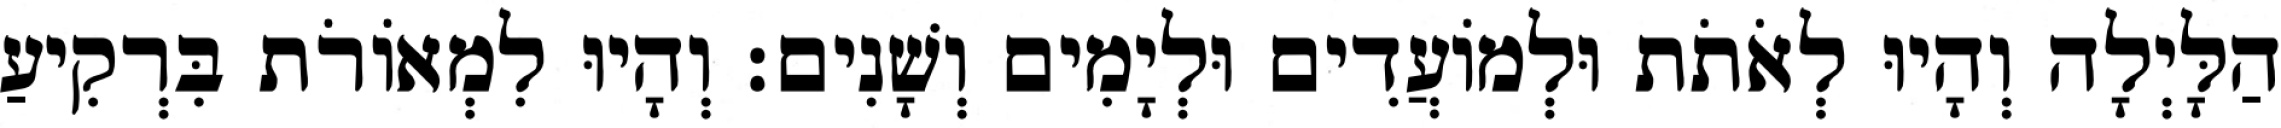
הַלָּיְלָה וְהָיוּ לְאֹתֹת וּלְמֹועֲדִים וּלְיָמִים וְשָׁנִים׃ וְהָיוּ לִמְאֹורֹת בִּרְקִיעַ